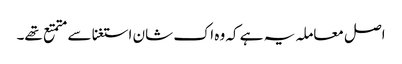
اصل معاملہ یہ ہے کہ وہ اک شان استغنا سے متمتع تھے۔